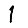
Digit: 1